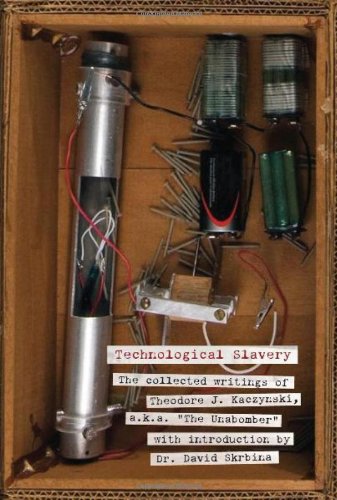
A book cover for Technological Slavery: The Collected Writings of Theodore J. Kaczynski, a.k.a. "The Unabomber"; Theodore J. Kaczynski; Biographies & Memoirs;